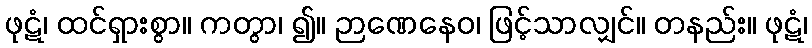
ဖုဋံ၊ ထင်ရှားစွာ။ ကတွာ၊ ၍။ ဉာဏေနေဝ၊ ဖြင့်သာလျှင်။ တနည်း။ ဖုဋံ၊